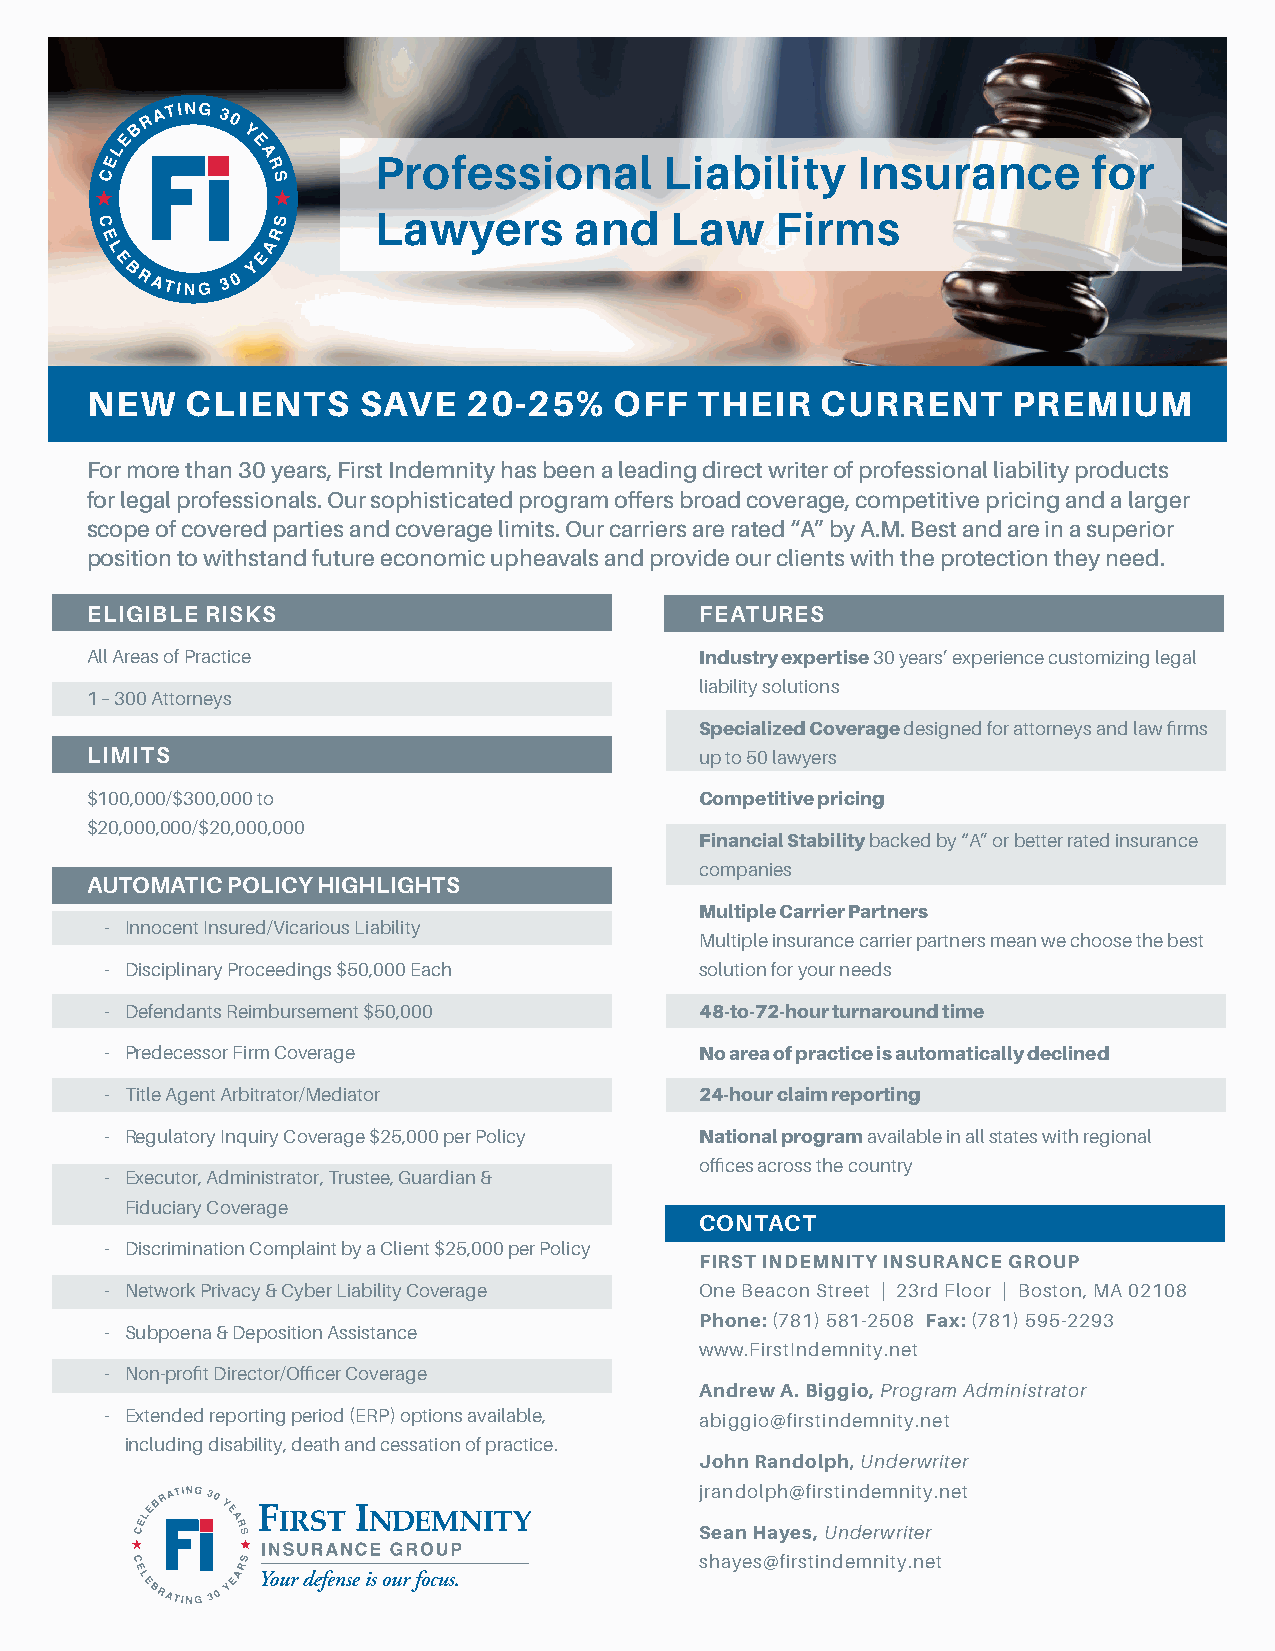
Professional       Liability    Insurance      for
 Lawyers      and   Law    Firms
 NEW   CLIENTS     SAVE   20-25%    OFF  THEIR   CURRENT      PREMIUM
 For more than 30 years, First Indemnity has been a leading direct writer of professional liability products
 for legal professionals. Our sophisticated program offers broad coverage, competitive pricing and a larger
 scope of covered parties and coverage limits. Our carriers are rated “A” by A.M. Best and are in a superior
 position to withstand future economic upheavals and provide our clients with the protection they need.
 ELIGIBLE RISKS                          FEATURES
 All Areas of Practice                   Industry expertise 30 years’ experience customizing legal
 liability solutions
 1 – 300 Attorneys
 Specialized Coverage designed for attorneys and law firms
 LIMITS                                  up to 50 lawyers
 $100,000/$300,000 to                    Competitive pricing
 $20,000,000/$20,000,000
 Financial Stability backed by “A” or better rated insurance
 companies
 AUTOMATIC POLICY HIGHLIGHTS
 Multiple Carrier Partners
 - Innocent Insured/Vicarious Liability
 Multiple insurance carrier partners mean we choose the best
 - Disciplinary Proceedings $50,000 Each solution for your needs
 - Defendants Reimbursement $50,000     48-to-72-hour turnaround time
 - Predecessor Firm Coverage            No area of practice is automatically declined
 - Title Agent Arbitrator/Mediator      24-hour claim reporting
 - Regulatory Inquiry Coverage $25,000 per Policy National program available in all states with regional
 offices across the country
 - Executor, Administrator, Trustee, Guardian &
 Fiduciary Coverage
 CONTACT
 - Discrimination Complaint by a Client $25,000 per Policy
 FIRST INDEMNITY INSURANCE GROUP
 - Network Privacy & Cyber Liability Coverage One Beacon Street | 23rd Floor | Boston, MA 02108
 Phone: (781) 581-2508 Fax: (781) 595-2293
 - Subpoena & Deposition Assistance
 www.FirstIndemnity.net
 - Non-profit Director/Officer Coverage
 Andrew A. Biggio, Program Administrator
 - Extended reporting period (ERP) options available, abiggio@firstindemnity.net
 including disability, death and cessation of practice.
 John Randolph, Underwriter
 jrandolph@firstindemnity.net
 Sean Hayes, Underwriter
 shayes@firstindemnity.net